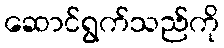
ဆောင်ရွက်သည်ကို